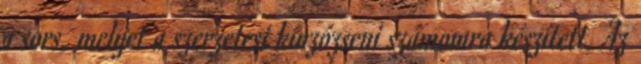
a sors, melyet a szerzetesi kínzózseni számomra készített. Az